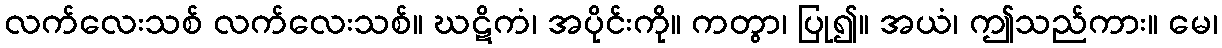
လက်လေးသစ် လက်လေးသစ်။ ဃဋိကံ၊ အပိုင်းကို။ ကတွာ၊ ပြု၍။ အယံ၊ ဤသည်ကား။ မေ၊